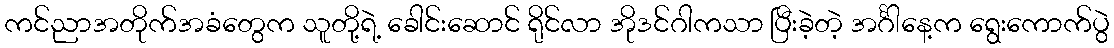
ကင်ညာအတိုက်အခံတွေက သူတို့ရဲ့ ခေါင်းဆောင် ရိုင်လာ အိုဒင်ဂါကသာ ပြီးခဲ့တဲ့ အင်္ဂါနေ့က ရွေးကောက်ပွဲ